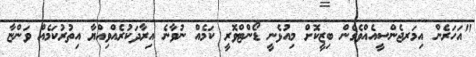
"އަހަރެން އިމަރޖެންސީއެއްވެގެން ބިޒީކޮށް މިއުޅެނީ ޑޯންޓްވޮރީ ކަމެއް ނުވާނެ އިރާދަކުރެއްވިއްޔާ އިތުރުކަމެއް ވަންޏާ